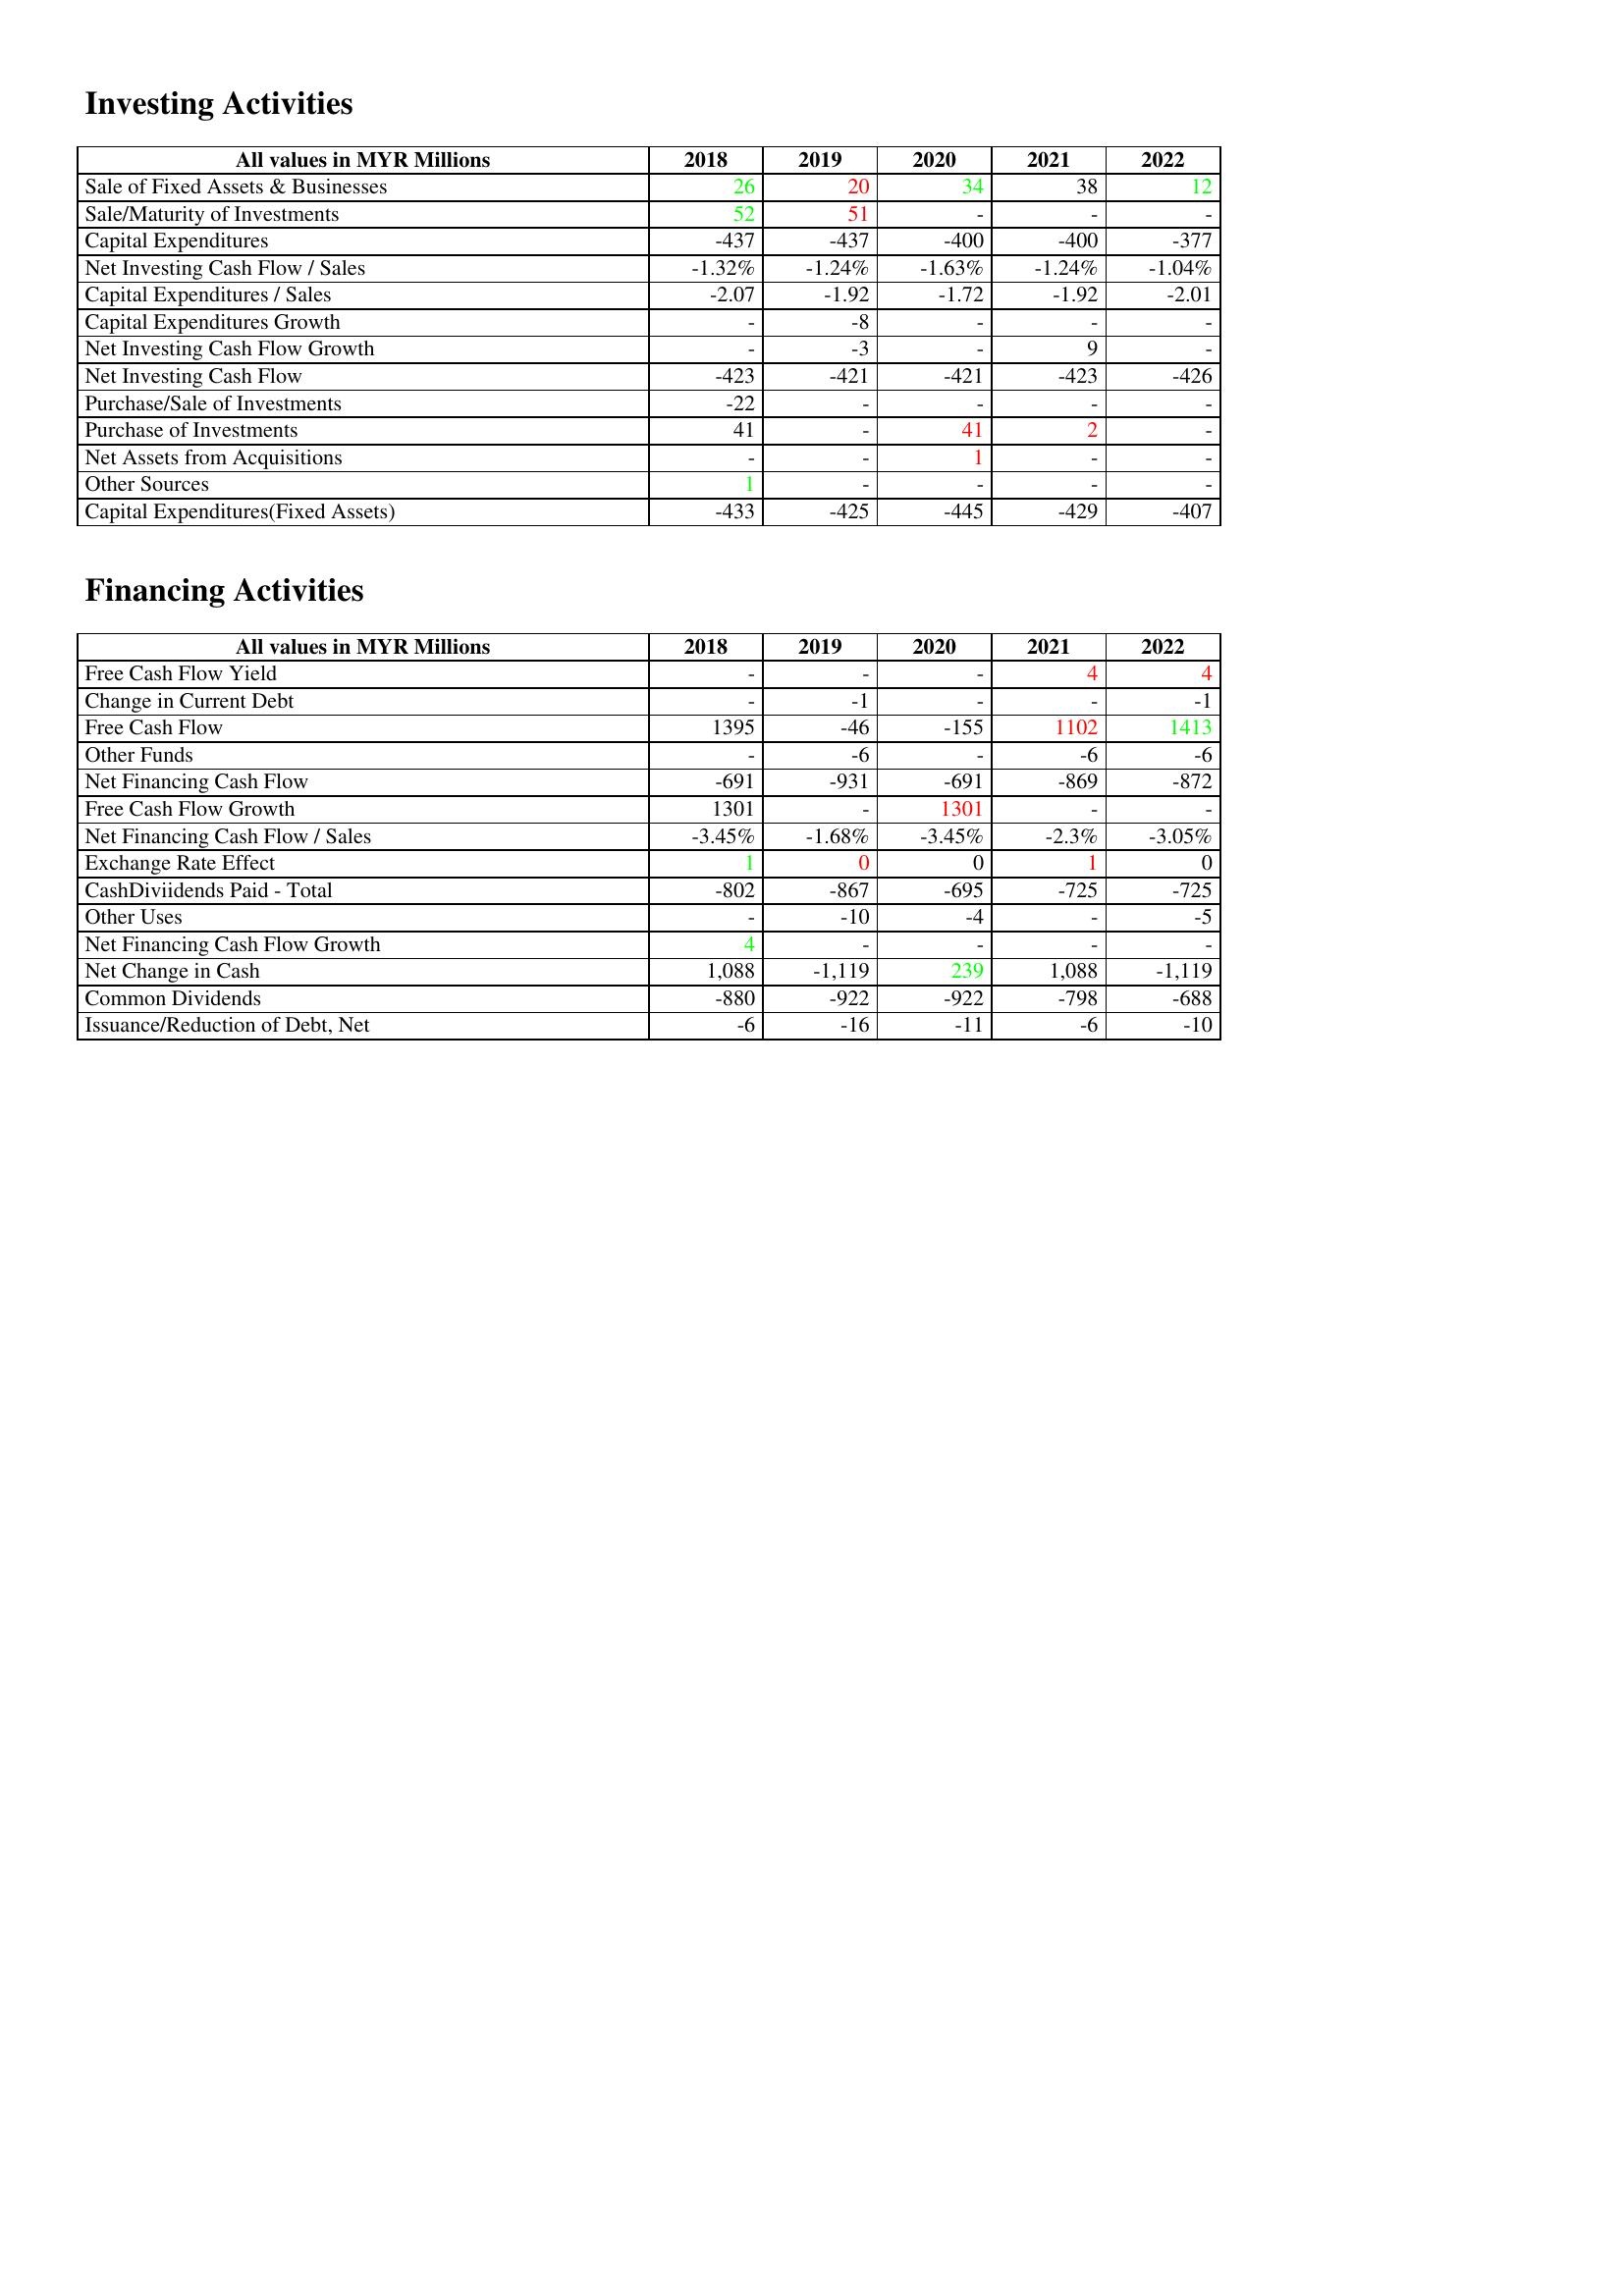
gt_parse: 2018: Investing Activities: Sale of Fixed Assets & Businesses: 26
Sale/Maturity of Investments: 52
Capital Expenditures: -437
Net Investing Cash Flow / Sales: -1.32%
Capital Expenditures / Sales: -2.07
Capital Expenditures Growth: -
Net Investing Cash Flow Growth: -
Net Investing Cash Flow: -423
Purchase/Sale of Investments: -22
Purchase of Investments: 41
Net Assets from Acquisitions: -
Other Sources: 1
Capital Expenditures(Fixed Assets): -433
Financing Activities: Free Cash Flow Yield: -
Change in Current Debt: -
Free Cash Flow: 1395
Other Funds: -
Net Financing Cash Flow: -691
Free Cash Flow Growth: 1301
Net Financing Cash Flow / Sales: -3.45%
Exchange Rate Effect: 1
CashDiviidends Paid - Total: -802
Other Uses: -
Net Financing Cash Flow Growth: 4
Net Change in Cash: 1,088
Common Dividends: -880
Issuance/Reduction of Debt, Net: -6
2019: Investing Activities: Sale of Fixed Assets & Businesses: 20
Sale/Maturity of Investments: 51
Capital Expenditures: -437
Net Investing Cash Flow / Sales: -1.24%
Capital Expenditures / Sales: -1.92
Capital Expenditures Growth: -8
Net Investing Cash Flow Growth: -3
Net Investing Cash Flow: -421
Purchase/Sale of Investments: -
Purchase of Investments: -
Net Assets from Acquisitions: -
Other Sources: -
Capital Expenditures(Fixed Assets): -425
Financing Activities: Free Cash Flow Yield: -
Change in Current Debt: -1
Free Cash Flow: -46
Other Funds: -6
Net Financing Cash Flow: -931
Free Cash Flow Growth: -
Net Financing Cash Flow / Sales: -1.68%
Exchange Rate Effect: 0
CashDiviidends Paid - Total: -867
Other Uses: -10
Net Financing Cash Flow Growth: -
Net Change in Cash: -1,119
Common Dividends: -922
Issuance/Reduction of Debt, Net: -16
2020: Investing Activities: Sale of Fixed Assets & Businesses: 34
Sale/Maturity of Investments: -
Capital Expenditures: -400
Net Investing Cash Flow / Sales: -1.63%
Capital Expenditures / Sales: -1.72
Capital Expenditures Growth: -
Net Investing Cash Flow Growth: -
Net Investing Cash Flow: -421
Purchase/Sale of Investments: -
Purchase of Investments: 41
Net Assets from Acquisitions: 1
Other Sources: -
Capital Expenditures(Fixed Assets): -445
Financing Activities: Free Cash Flow Yield: -
Change in Current Debt: -
Free Cash Flow: -155
Other Funds: -
Net Financing Cash Flow: -691
Free Cash Flow Growth: 1301
Net Financing Cash Flow / Sales: -3.45%
Exchange Rate Effect: 0
CashDiviidends Paid - Total: -695
Other Uses: -4
Net Financing Cash Flow Growth: -
Net Change in Cash: 239
Common Dividends: -922
Issuance/Reduction of Debt, Net: -11
2021: Investing Activities: Sale of Fixed Assets & Businesses: 38
Sale/Maturity of Investments: -
Capital Expenditures: -400
Net Investing Cash Flow / Sales: -1.24%
Capital Expenditures / Sales: -1.92
Capital Expenditures Growth: -
Net Investing Cash Flow Growth: 9
Net Investing Cash Flow: -423
Purchase/Sale of Investments: -
Purchase of Investments: 2
Net Assets from Acquisitions: -
Other Sources: -
Capital Expenditures(Fixed Assets): -429
Financing Activities: Free Cash Flow Yield: 4
Change in Current Debt: -
Free Cash Flow: 1102
Other Funds: -6
Net Financing Cash Flow: -869
Free Cash Flow Growth: -
Net Financing Cash Flow / Sales: -2.3%
Exchange Rate Effect: 1
CashDiviidends Paid - Total: -725
Other Uses: -
Net Financing Cash Flow Growth: -
Net Change in Cash: 1,088
Common Dividends: -798
Issuance/Reduction of Debt, Net: -6
2022: Investing Activities: Sale of Fixed Assets & Businesses: 12
Sale/Maturity of Investments: -
Capital Expenditures: -377
Net Investing Cash Flow / Sales: -1.04%
Capital Expenditures / Sales: -2.01
Capital Expenditures Growth: -
Net Investing Cash Flow Growth: -
Net Investing Cash Flow: -426
Purchase/Sale of Investments: -
Purchase of Investments: -
Net Assets from Acquisitions: -
Other Sources: -
Capital Expenditures(Fixed Assets): -407
Financing Activities: Free Cash Flow Yield: 4
Change in Current Debt: -1
Free Cash Flow: 1413
Other Funds: -6
Net Financing Cash Flow: -872
Free Cash Flow Growth: -
Net Financing Cash Flow / Sales: -3.05%
Exchange Rate Effect: 0
CashDiviidends Paid - Total: -725
Other Uses: -5
Net Financing Cash Flow Growth: -
Net Change in Cash: -1,119
Common Dividends: -688
Issuance/Reduction of Debt, Net: -10